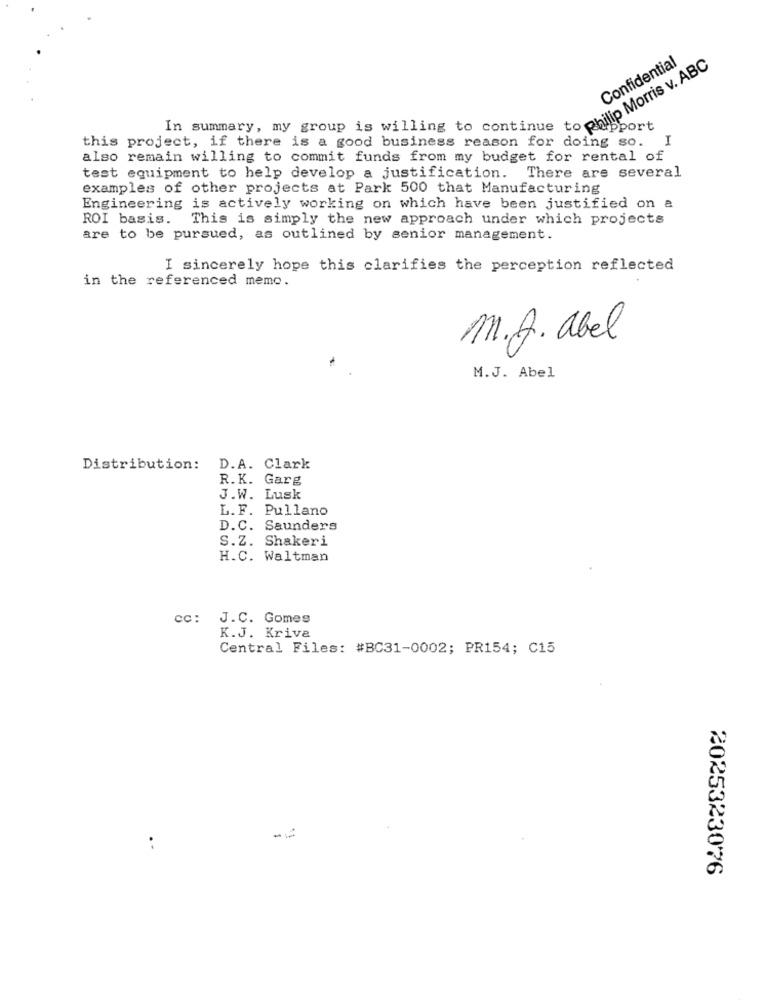
Confidential
*_ summary, my group is willing to continue. Morris V. A
R
Port
this project, if there is a good business reason for doing so.
also remain willing to commit funds from my budget for rental of
test equipment to help develop a justification. There are several
examples of other projects at Park 500 that Manufacturing
Engineering is actively working on which have been justified on a
ROI basis. This is simply the new approach under which projects
are to be pursued, as outlined by senior management.
I sincerely hope this clarifies the perception reflected
in the referenced memo.
M.J. abel
M.J. Abel
Distribution: D.A. Clark
R.K. Garg
J.W. Lusk
L. F. Pullano
D.C. Saunders
S.Z. Shakeri
H.C. Waltman
cc: J.C. Gomes
K.J. Kriva
Central Files: #BC31-0002; PR154; C15
* 1
2025323076